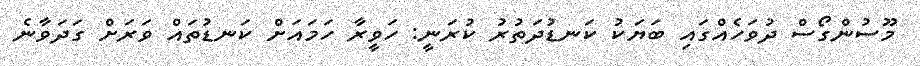
މޫސުންގޯސް ދުވަހެއްގައި ބަޔަކު ކަނޑުދަތުރު ކުރަނީ: ހަވީރާ ހަމައަށް ކަނޑުތައް ވަރަށް ގަދަވާނެ